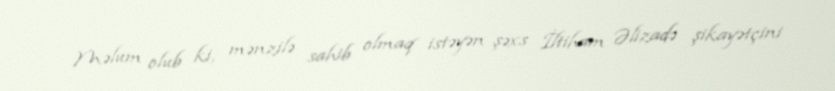
Məlum olub ki, mənzilə sahib olmaq istəyən şəxs İltiham Əlizadə şikayətçini